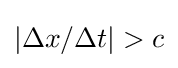
\vert \Delta x/\Delta t\vert >c